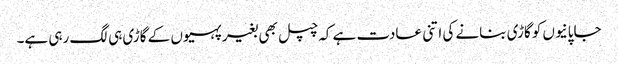
جاپانیوں کو گاڑی بنانے کی اتنی عادت ہے کہ چپل بھی بغیر پہیوں کے گاڑی ہی لگ رہی ہے۔